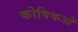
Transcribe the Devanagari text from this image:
कोषिकओं